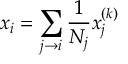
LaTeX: x _ { i } = \sum _ { j \rightarrow i } { \frac { 1 } { N _ { j } } } x _ { j } ^ { ( k ) }